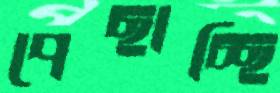
পেছাচ্ছি